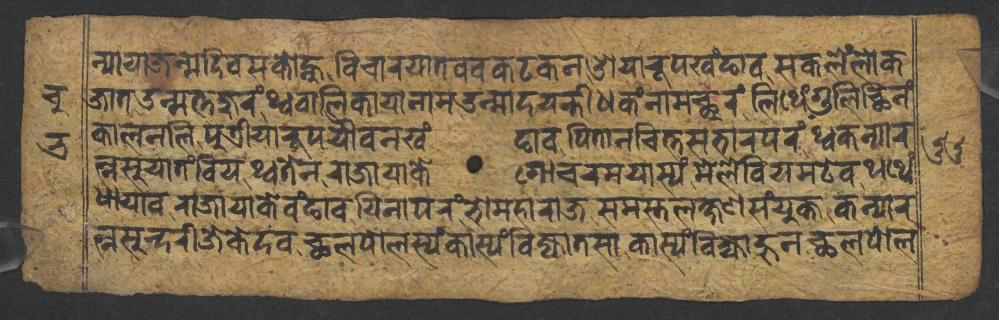
𑐣𑑂𑐫𑐵𑐫𑐵𑐖𑐣𑑂𑐩𑐡𑐶𑐰𑐳𑐎𑑀𑐣𑑂𑐴𑐸𑐰𑐶𑐔𑐵𑐬𑐫𑐵𑐟𑐰𑐰𑐎𑐚𑐎𑐣𑐌𑐫𑐵𑐬𑐹𑐥𑐏𑑄𑐒𑐵𑐰𑐳𑐎𑐮𑐾𑑄𑐮𑑀𑐎 𑐖𑐵𑐟𑑁𑐣𑑂𑐩𑐟𑑂𑐟𑐖𑐸𑐬𑑄𑐠𑑂𑐰𑐧𑐵𑐮𑐶𑐎𑐵𑐫𑐵𑐣𑐵𑐩𑑁𑐣𑑂𑐩𑐵𑐡𑐫𑐣𑑂𑐟𑐷𑐢𑐎𑑄𑐣𑐵𑐩𑐕𑐸𑐬𑑄𑐮𑐶𑐠𑐾𑑄𑐐𑐸𑐮𑐶𑐕𑐶𑐣𑑄 𑐎𑐵𑐮𑐣𑐮𑐶𑐥𑐸𑐟𑑂𑐬𑐷𑐫𑐵𑐬𑐹𑐥𑐫𑑁𑐰𑐣𑐏𑑄𑐒𑐵𑐰𑐥𑐶𑐟𑐵𑐣𑐔𑐶𑐟𑑂𑐟𑐳𑐨𑐵𑐬𑐥𑐬𑑄𑐠𑑂𑐰𑐎𑐣𑑂𑐫𑐵𑐬 𑐟𑑂𑐣𑐳𑐸𑐫𑐵𑐟𑑄𑐧𑐶𑐫𑐠𑑂𑐰𑐟𑐾𑐣𑐬𑐵𑐖𑐵𑐫𑐵𑐎𑐾𑐐𑑀𑐔𑐬𑐩𑐫𑐵𑐳𑑂𑐫𑑄𑐩𑐾𑐮𑐾𑐧𑐶𑐫𑐩𑐚𑐾𑐰𑐠𑐠𑐾𑑄 𑐢𑐵𑐫𑐵𑐰𑐬𑐵𑐖𑐵𑐫𑐵𑐎𑐾𑐰𑑄𑐒𑐵𑐰𑐫𑐶𑐣𑐵𑐥𑐬𑑄𑐨𑑀𑐩𑐴𑐵𑐬𑐵𑐖𑐳𑐩𑐳𑑂𑐟𑐮𑐎𑑂𑐲𑐞𑐳𑑄𑐫𑐸𑐎𑑂𑐟𑐎𑐣𑑂𑐫𑐵𑐬 𑐟𑑂𑐣𑐳𑐸𑐣𑑂𑐡𑐬𑐷𑐖𑐾𑐎𑐾𑐡𑐰𑐕𑐮𑐥𑑀𑐮𑐳𑑂𑐫𑑄𑐎𑐵𑐳𑑂𑐫𑑄𑐧𑐶𑐖𑑂𑐫𑐵𑐟𑐳𑐵𑐎𑐵𑐳𑑂𑐫𑑄𑐧𑐶𑐖𑑂𑐫𑐵𑐴𑐸𑐣𑐕𑐮𑐥𑑀𑐮